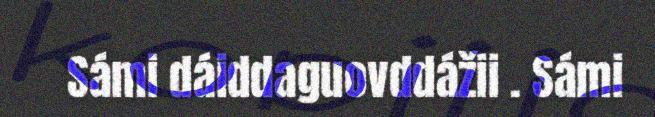
Sámi dáiddaguovddážii . Sámi